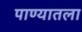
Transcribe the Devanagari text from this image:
पाण्यातला